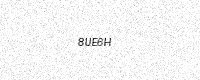
Text: 8UE6H